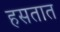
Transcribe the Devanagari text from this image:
हसतात